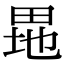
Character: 𤱲